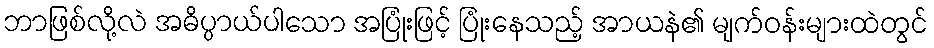
ဘာဖြစ်လို့လဲ အဓိပ္ပာယ်ပါသော အပြုံးဖြင့် ပြုံးနေသည့် အာယနဲ၏ မျက်ဝန်းများထဲတွင်